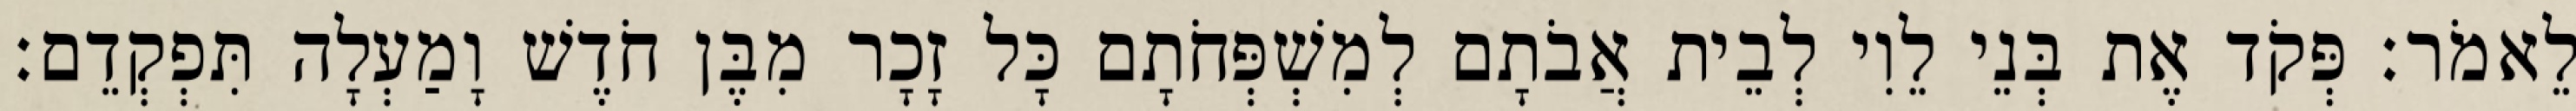
לֵאמֹר׃ פְּקֹד אֶת בְּנֵי לֵוִי לְבֵית אֲבֹתָם לְמִשְׁפְּחֹתָם כָּל זָכָר מִבֶּן חֹדֶשׁ וָמַעְלָה תִּפְקְדֵם׃